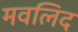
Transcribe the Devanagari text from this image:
मवलिद